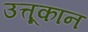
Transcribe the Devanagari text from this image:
उत्तूकान